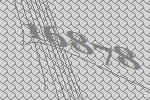
16878